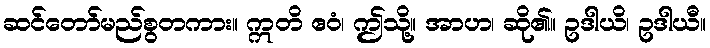
ဆင်တော်မည်စွတကား။ ဣတိ ဧဝံ၊ ဤသို့။ အာဟ၊ ဆို၏။ ဥဒါယိ၊ ဥဒါယီ။